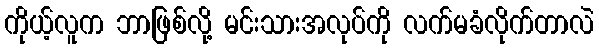
ကိုယ့်လူက ဘာဖြစ်လို့ မင်းသားအလုပ်ကို လက်မခံလိုက်တာလဲ